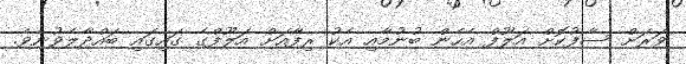
ވަރަށް ސާފުކޮށް އަލޫފް އެހެން ބުނުމާއި އެކު ރިފާއަށް އަލޫފްގެ ގައިގައި ބައްދާލެވުނެވެ.